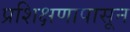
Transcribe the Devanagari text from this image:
प्रशिक्षणापासून